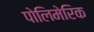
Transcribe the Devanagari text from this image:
पोलिमेरिक